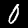
Label: 0